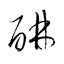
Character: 醂